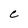
Character: e